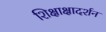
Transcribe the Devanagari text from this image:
शिक्षाक्षादर्शन